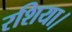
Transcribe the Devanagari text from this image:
रशिया।